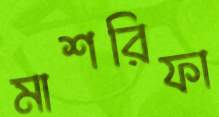
মাশরিফা